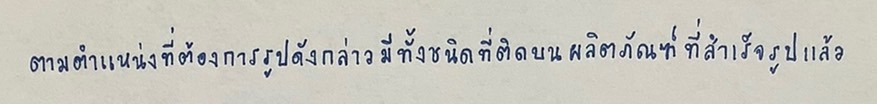
ตามตำแหน่งที่ต้องการรูปดังกล่าวมีทั้งชนิดที่ติดบนผลิตภัณฑ์ที่สำเร็จรูปแล้ว